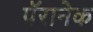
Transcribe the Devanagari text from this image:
पॅरानेक